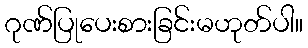
ဂုဏ်ပြုပေးစားခြင်းမဟုတ်ပါ။